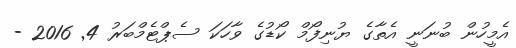
އެމީހުން ބުނަނީ އެތާގެ ޔުނިފޯމް ކޯޑުގެ ވާހަކަ ސެޕްޓެމްބަރު 4